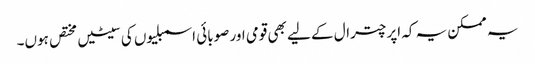
یہ ممکن یہ کہ اپر چترال کے لیے بھی قومی اور صوبائی اسمبلیوں کی سیٹیں مختص ہوں۔